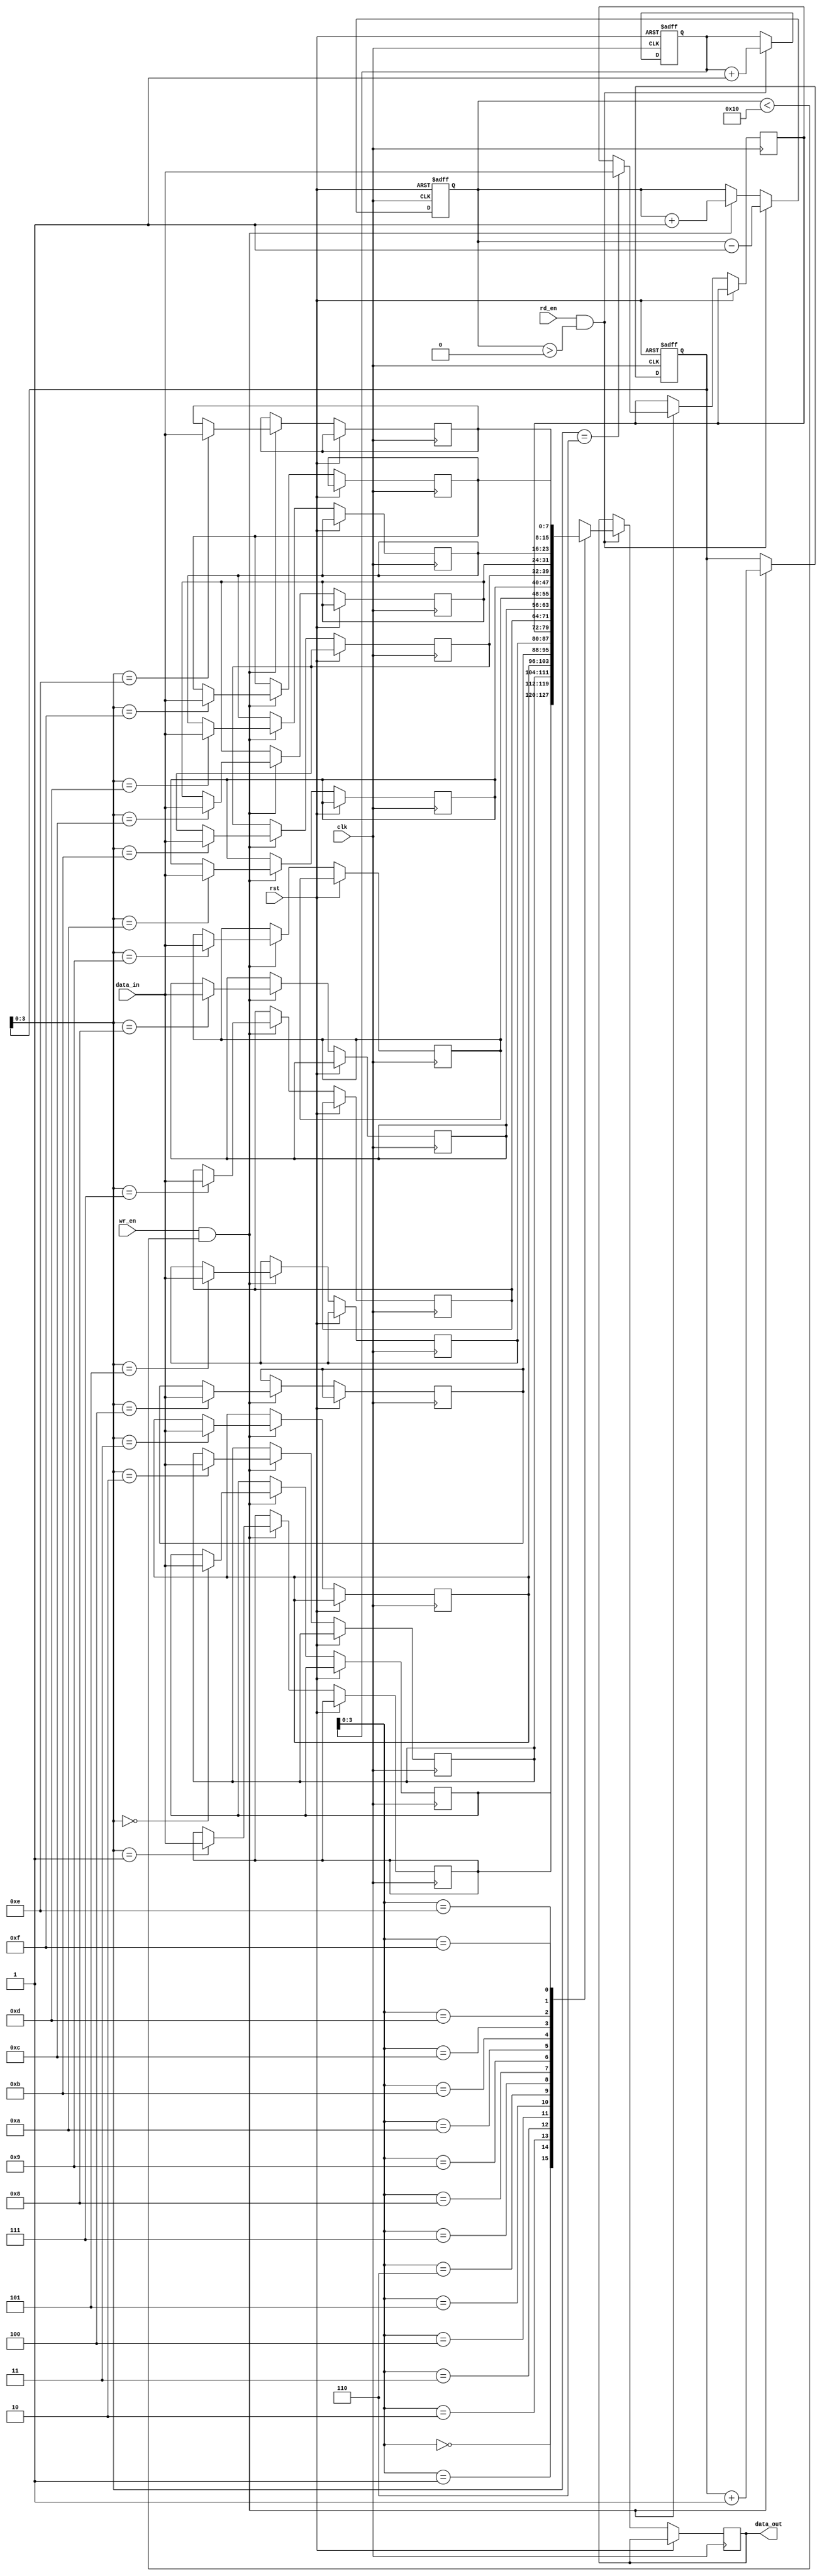
module fifo_buffer (
    input wire clk,
    input wire rst,
    input wire wr_en,
    input wire rd_en,
    input wire [data_width-1:0] data_in,
    output reg [data_width-1:0] data_out
);

parameter depth = 16; // Depth of the FIFO buffer
parameter data_width = 8; // Width of the data elements

reg [data_width-1:0] fifo [0:depth-1];
reg [depth-1:0] wr_ptr, rd_ptr;
reg [depth-1:0] count;

always @(posedge clk or posedge rst) begin
    if (rst) begin
        wr_ptr <= 0;
        rd_ptr <= 0;
        count <= 0;
    end else begin
        if (wr_en && count < depth) begin
            fifo[wr_ptr] <= data_in;
            wr_ptr <= wr_ptr + 1;
            count <= count + 1;
        end
        if (rd_en && count > 0) begin
            data_out <= fifo[rd_ptr];
            rd_ptr <= rd_ptr + 1;
            count <= count - 1;
        end
    end
end

endmodule